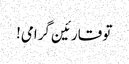
تو قارئین گرامی!